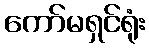
ကော်မရှင်ရုံး